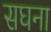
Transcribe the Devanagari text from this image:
सघना